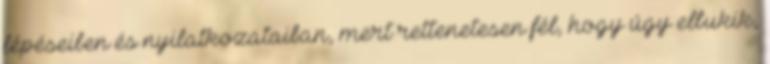
lépéseiben és nyilatkozataiban, mert rettenetesen fél, hogy úgy elbukik,